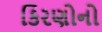
કિરણોનો